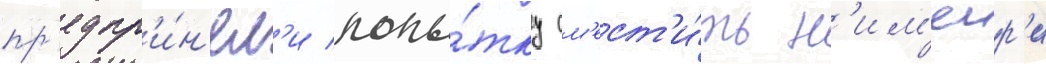
пр'едпр'и́н'ял'и попы́тку см'ест'и́ть н'им'еир'и